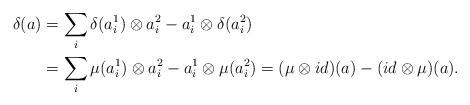
LaTeX: \begin{align*} \delta (a) &= \sum _{i}\delta (a_{i}^{1})\otimes a_{i}^{2}-a_{i}^{1}\otimes \delta (a_{i}^{2})\\ &=\sum _{i}\mu (a_{i}^{1})\otimes a_{i}^{2}- a_{i}^1\otimes \mu (a_{i}^{2})=(\mu \otimes id) (a) - (id \otimes \mu )(a).\end{align*}